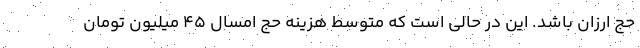
حج ارزان باشد. این در حالی است که متوسط هزینه حج امسال ۴۵ میلیون تومان